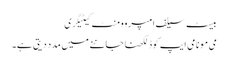
بیسٹ سیلف امپروومنٹ کیٹیگری
می مو نامی ایپ کوڈ لکھنا جاننے میں مدد دیتی ہے۔